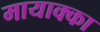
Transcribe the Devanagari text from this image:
मायाक्का